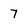
Character: 7